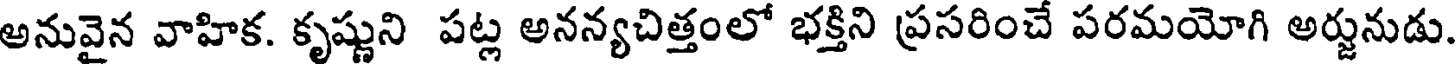
అనువైన వాహిక. కృష్ణుని పట్ల అనన్యచిత్తంలో భక్తిని ప్రసరించే పరమయోగి అర్జునుడు.